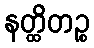
နတ္ထိတဉ္စ